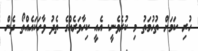
ހުރި ކަމަށް ތުހުމަތު މި ކުރެވެނީ. އެއީ ކިހާވަރެއްގެ ތެދު ވާހަކައެއްތޯ ދެން